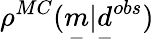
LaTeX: \rho^{MC}(\underset{-}{m}|\underset{-}{d}^{obs})